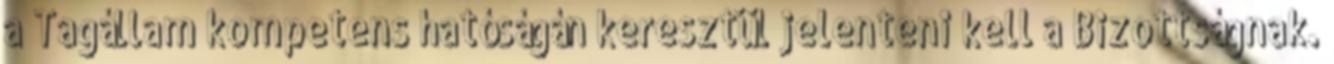
a Tagállam kompetens hatóságán keresztül jelenteni kell a Bizottságnak.